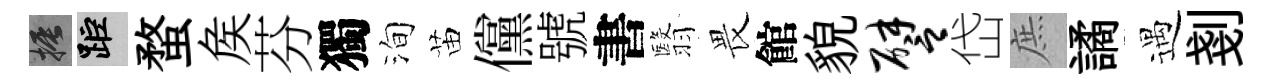
振距蝥矦芬獨洵苗儻號書翳畏館貌譬岱庶譎遇剗